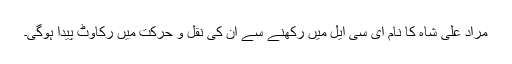
مراد علی شاہ کا نام ای سی ایل میں رکھنے سے اُن کی نقل و حرکت میں رکاوٹ پیدا ہوگی۔